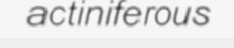
actiniferous